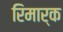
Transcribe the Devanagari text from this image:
रिमार्क